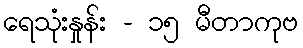
ရေသုံးနှုန်း - ၁၅ မီတာကုဗ